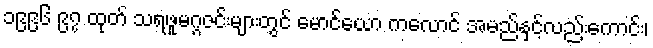
၁၉၉၆ ၉၇ ထုတ် သရဖူမဂ္ဂဇင်းများတွင် မောင်ယော ကလောင် အမည်နှင့်လည်းကောင်း၊